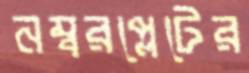
নম্বরপ্লেটের